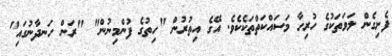
ފެށިގެން ލަވަތަކުގެ ހުރިހާ މަސައްކަތްތަކެކެވެ. އޭގެ އިތުރުން "ހިތުގެ ފުންމިނުން" "ރަން ހަނދާނުގައި"